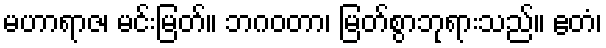
မဟာရာဇ၊ မင်းမြတ်။ ဘဂဝတာ၊ မြတ်စွာဘုရားသည်။ ဧတံ၊